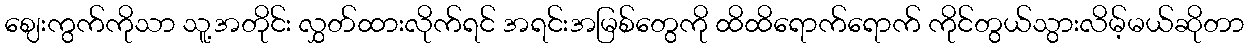
ဈေးကွက်ကိုသာ သူ့အတိုင်း လွှတ်ထားလိုက်ရင် အရင်းအမြစ်တွေကို ထိထိရောက်ရောက် ကိုင်တွယ်သွားလိမ့်မယ်ဆိုတာ